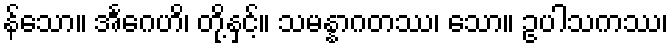
န်သော။ အင်္ဂေဟိ၊ တို့နှင့်။ သမန္နာဂတဿ၊ သော။ ဥပါသကဿ၊